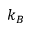
k _ { B }